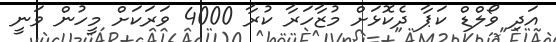
އަދި ވޯލްޑް ކަޕާ ދެކޮޅަށް މުޒާހަރާ ކުރާ 4000 ވަރަކަށް މީހުން ވަނީ